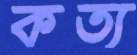
কত্য